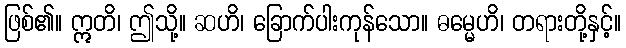
ဖြစ်၏။ ဣတိ၊ ဤသို့။ ဆဟိ၊ ခြောက်ပါးကုန်သော။ ဓမ္မေဟိ၊ တရားတို့နှင့်။